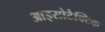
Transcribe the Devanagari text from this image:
आइसोटैक्टिक